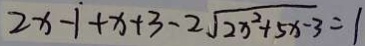
2 x - 1 + x + 3 - 2 \sqrt { 2 x ^ { 2 } + 5 x - 3 } = 1